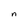
Character: n